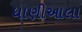
ધાણીઆલા